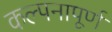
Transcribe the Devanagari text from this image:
कल्‍पनापूर्ण